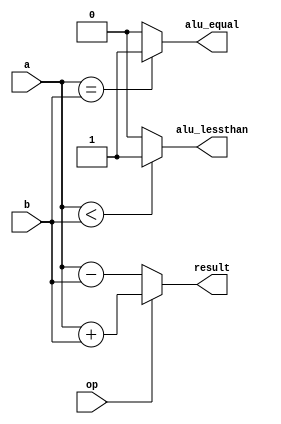
`timescale 1ns / 1ps
//////////////////////////////////////////////////////////////////////////////////
// Company: 
// Engineer: 
// 
// Design Name: 
// Module Name: ALU
// Project Name: 
// Target Devices: 
// Tool Versions: 
// Description: 
// 
// Dependencies: 
// 
// Revision:
// Revision 0.01 - File Created
// Additional Comments:
// 
//////////////////////////////////////////////////////////////////////////////////

module ALU(
    input [31:0] a,b,
    input op,
    output [31:0] result,
    output alu_equal,
    output alu_lessthan
);

wire signed [31:0] aa,bb;
assign aa=a;
assign bb=b;

assign result = (op == 0) ? (a-b) : (a+b);
assign alu_equal = (a==b) ? 1 : 0;
assign alu_lessthan = (aa<bb) ? 1 : 0;

endmodule